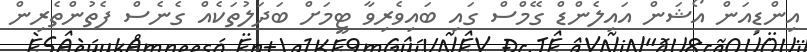
އިންޑިއަން އޯޝަން އައިލެންޑް ގޭމްސް ގައި ބައިވެރިވާ ޓީމަށް ބަދަލުތަކެއް ގެނެސް ފެތުންތެރިން